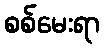
စစ်မေးရာ